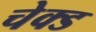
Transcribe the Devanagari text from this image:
चेक्ड